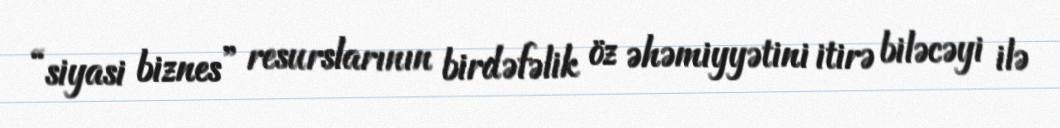
“siyasi biznes” resurslarının birdəfəlik öz əhəmiyyətini itirə biləcəyi ilə